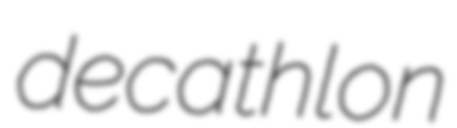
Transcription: decathlon